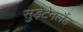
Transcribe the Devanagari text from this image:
सुड़ेटेनलैंड